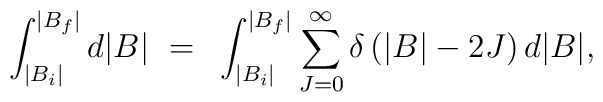
\int^{|B_f|}_{|B_i|} d|B| ~=~   \int^{|B_f|}_{|B_i|}  \sum_{J=0}^{\infty} \delta \left( |B| - 2J \right) d|B|,